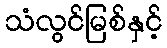
သံလွင်မြစ်နှင့်